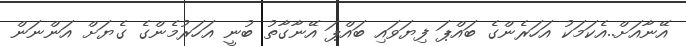
އޭނާއަށް..އެކަމަކު އަހަރެންގެ ބައްޕަ ފިޔަވައި ބައްޕަ އޭނާގާތު ބުނީ އަހަރުމެންގެ ގެޔަށް އަންނަން